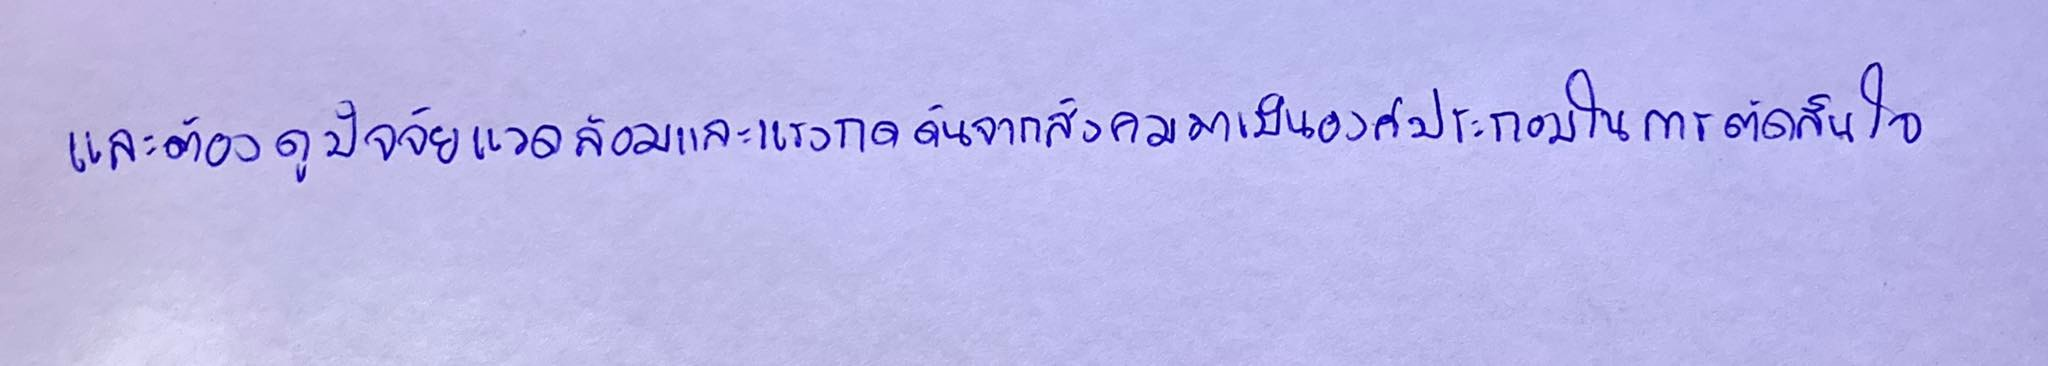
และต้องดูปัจจัยแวดล้อมและแรงกดดันจากสังคมมาเป็นองค์ประกอบในการตัดสินใจ